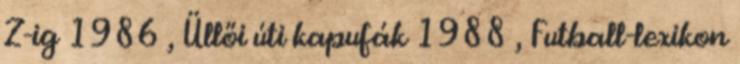
Z-ig 1986 , Üllői úti kapufák 1988 , Futball-lexikon